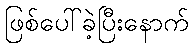
ဖြစ်ပေါ်ခဲ့ပြီးနောက်